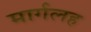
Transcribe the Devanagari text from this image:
मार्गलह